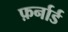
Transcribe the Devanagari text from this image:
फ़र्नार्ड